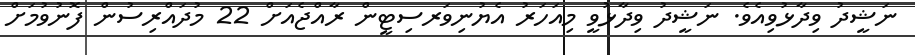
ނަޝީދު ވިދާޅުވިއެވެ. ނަޝީދު ވިދާޅުވީ މިއަހަރު އެޔުނިވަރސިޓީން ރާއްޖެއަށް 22 މުދައްރިސުން ފޮނުވުމަށް